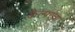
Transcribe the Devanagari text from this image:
केल्परचा